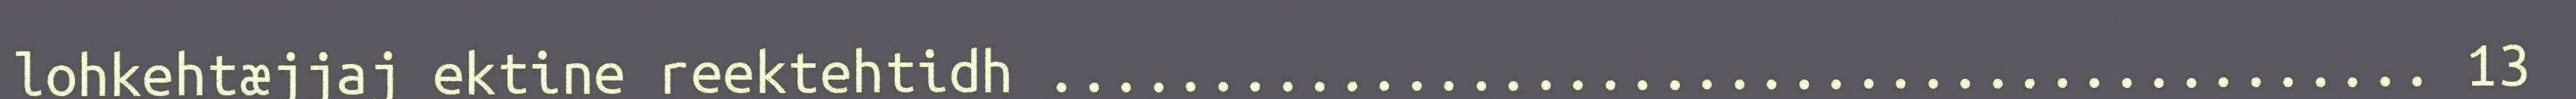
lohkehtæjjaj ektine reektehtidh ........................................... 13